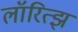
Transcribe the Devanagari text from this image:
लॉरित्झ